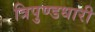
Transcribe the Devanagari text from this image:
त्रिपुण्डधारी